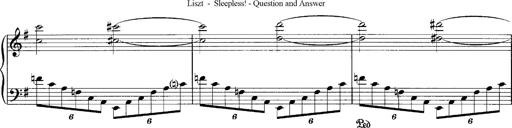
Title: Schlaflos! Frage und Antwort
Composer: Franz Liszt